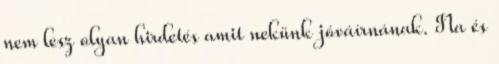
nem lesz olyan hirdetés amit nekünk jóváírnának. Na és